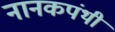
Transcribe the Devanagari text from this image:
नानकपंथी